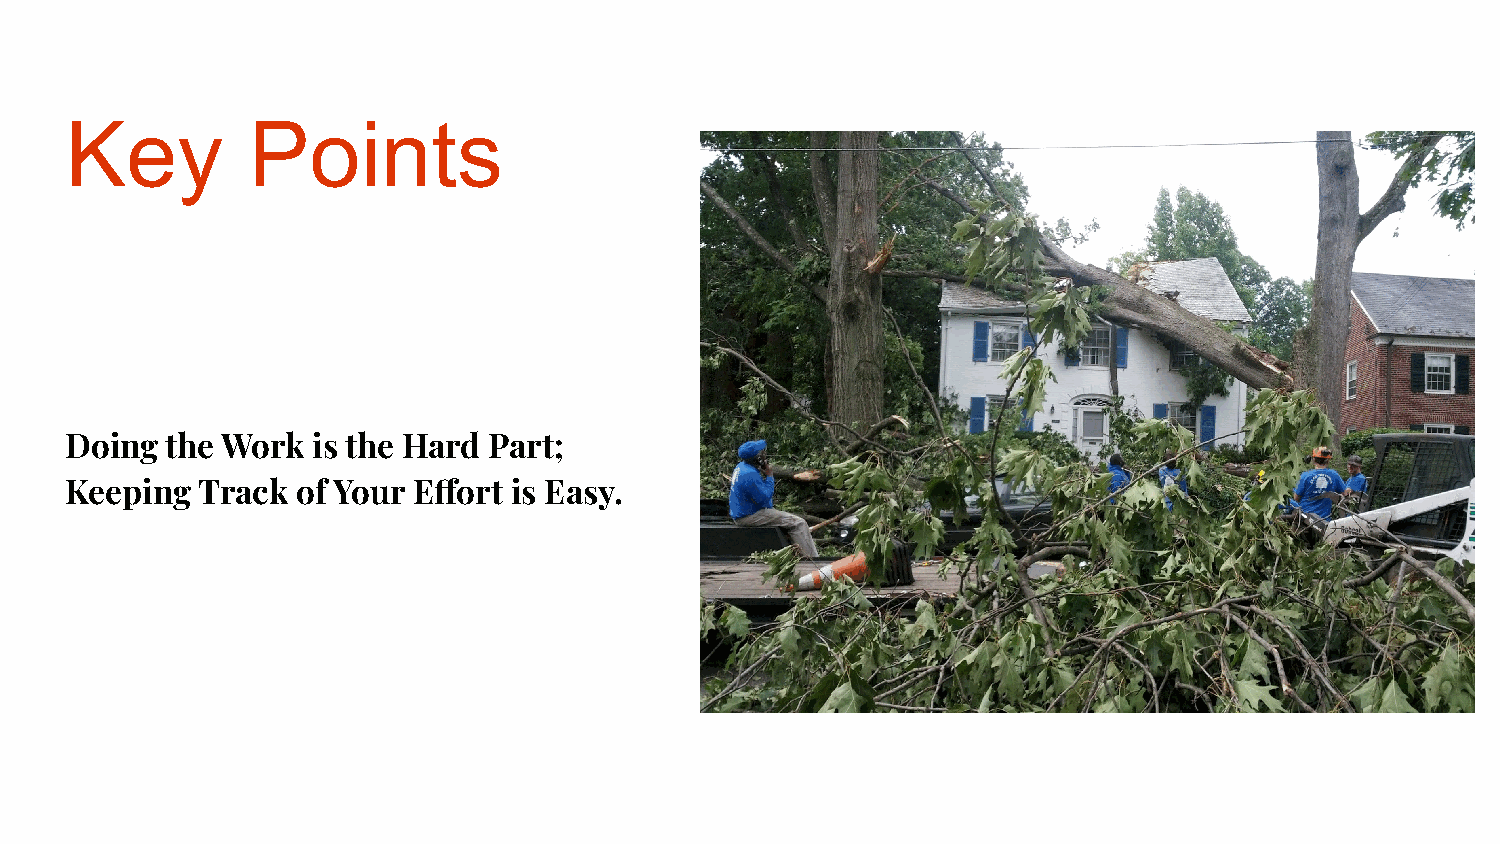
Key         Points
 Doing  the Work  is the Hard Part;
 Keeping  Track  of Your Effort is Easy.